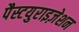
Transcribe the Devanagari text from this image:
पैस्टयुराइज़ेशन